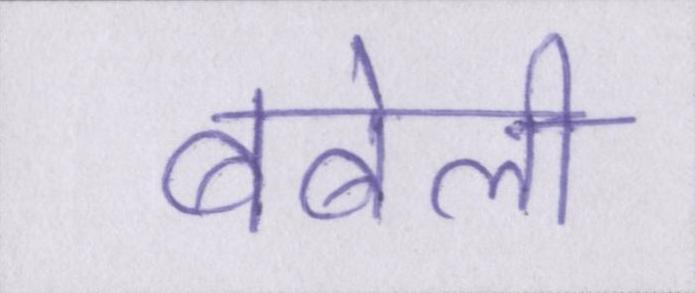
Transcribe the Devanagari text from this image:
बबेली